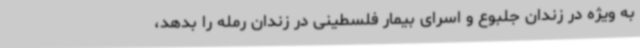
به ویژه در زندان جلبوع و اسرای بیمار فلسطینی در زندان رمله را بدهد،